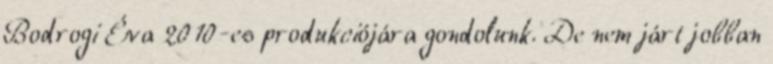
Bodrogi Éva 2010-es produkciójára gondolunk. De nem járt jobban